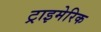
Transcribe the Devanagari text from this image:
ट्राइमेरिक